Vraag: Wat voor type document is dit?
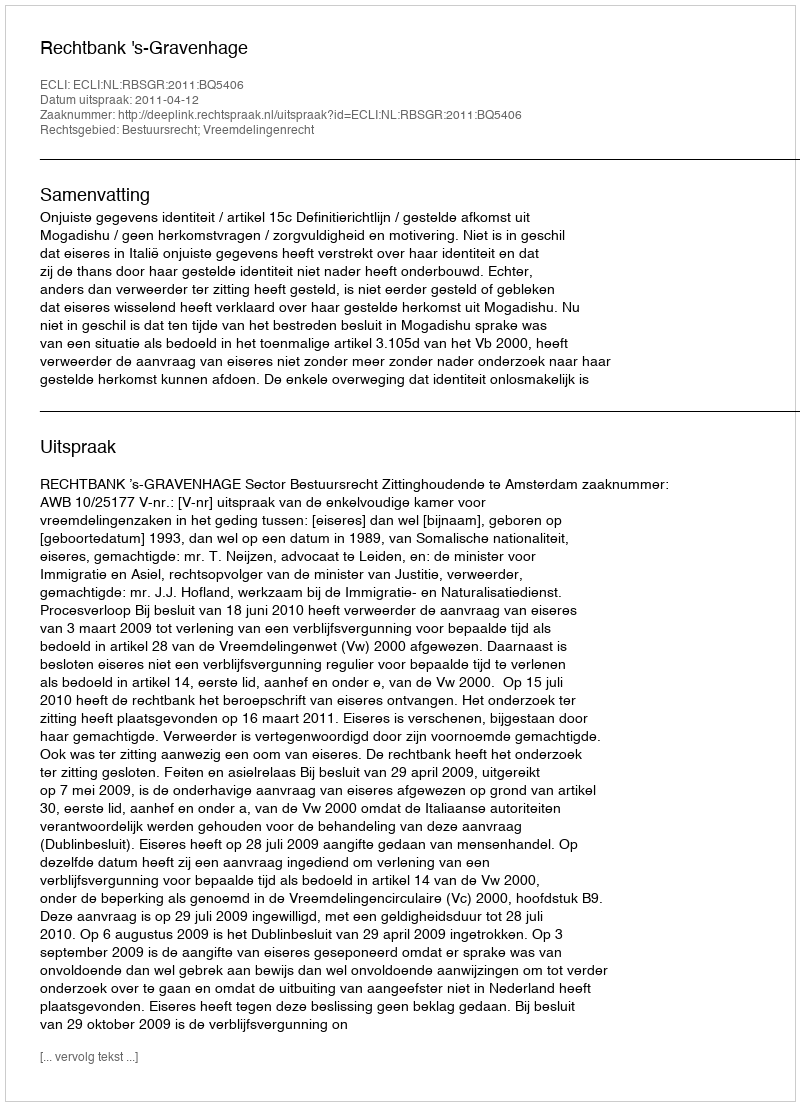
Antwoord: Uitspraak